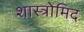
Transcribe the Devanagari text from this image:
शास्त्रोमिद